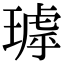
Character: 㻯